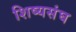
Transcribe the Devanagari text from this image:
शिष्यसंघ